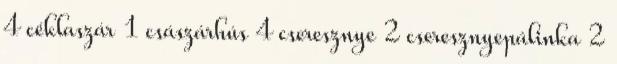
4 céklaszár 1 császárhús 4 cseresznye 2 cseresznyepálinka 2